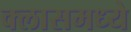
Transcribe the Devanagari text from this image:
क्लासमध्ये